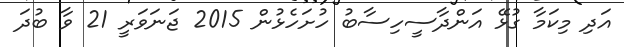
އަދި މިކަމާ ގުޅޭ އަންދާސީހިސާބު ހުށަހެޅުން 2015 ޖަނަވަރީ 21 ވާ ބުދަ